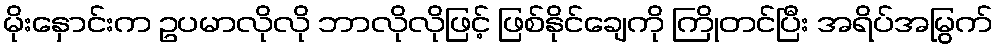
မိုးနှောင်းက ဥပမာလိုလို ဘာလိုလိုဖြင့် ဖြစ်နိုင်ချေကို ကြိုတင်ပြီး အရိပ်အမြွက်